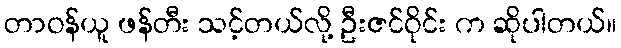
တာဝန်ယူ ဖန်တီး သင့်တယ်လို့ ဦးဇင်ဝိုင်း က ဆိုပါတယ်။